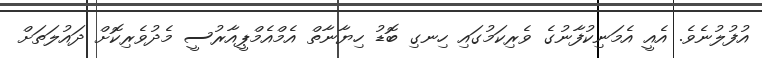
އުފުލުނެވެ. އެއީ އެމަނިކުފާނުގެ ވެރިކަމުގައި ހިނގި ބޮޑު ހިޔާނާތް އެމްއެމްޕީއާރުސީ މެދުވެރިކޮށް ދައުލަތަށް